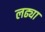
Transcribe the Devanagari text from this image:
लढ्या